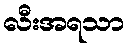
လီးအရသာ